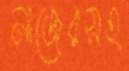
নাজেরসহ